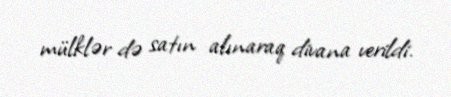
mülklər də satın alınaraq divana verildi.